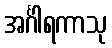
အင်္ဂါရကာသု